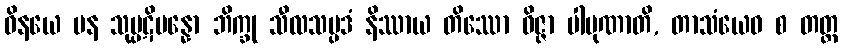
ဝိနယေ ပန သုပ္ပဋိပန္နော ဘိက္ခု သီလသမ္ပဒံ နိဿာယ တိဿော ဝိဇ္ဇာ ပါပုဏာတိ, တာသံယေဝ စ တတ္ထ